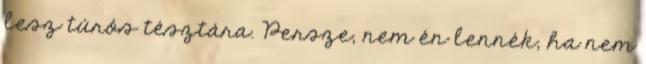
lesz túrós tésztára. Persze, nem én lennék, ha nem